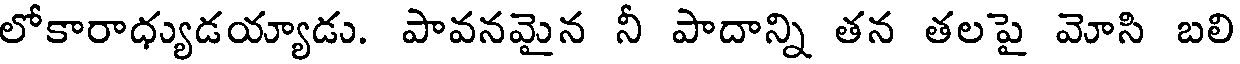
లోకారాధ్యుడయ్యాడు. పావనమైన నీ పాదాన్ని తన తలపై మోసి బలి